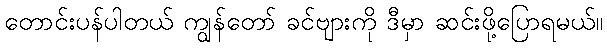
တောင်းပန်ပါတယ် ကျွန်တော် ခင်ဗျားကို ဒီမှာ ဆင်းဖို့ပြောရမယ်။